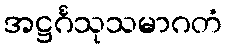
အဋ္ဌင်္ဂသုသမာဂတံ